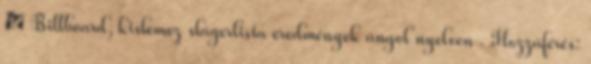
↑ Billboard, kislemez slágerlista eredmények angol nyelven . Hozzáférés: